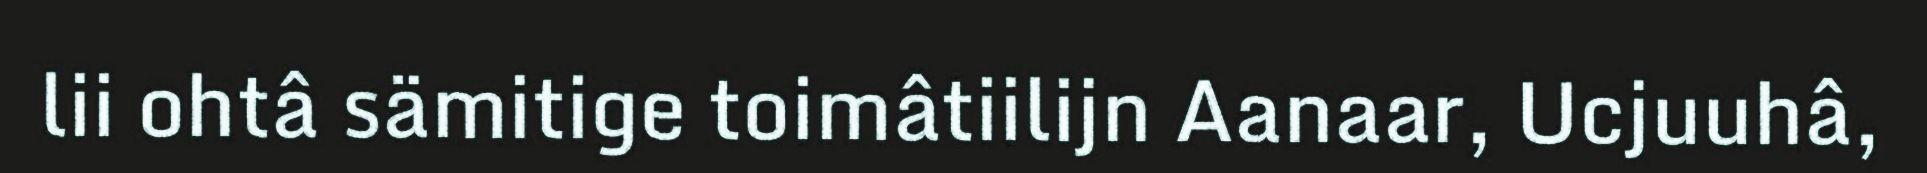
lii ohtâ sämitige toimâtiilijn Aanaar, Ucjuuhâ,